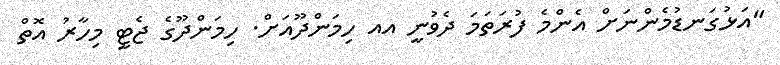
"އަޅުގަނޑުމެންނަށް އެންމެ ފުރަތަމަ ދެވުނީ އއ ހިމަންދޫއަށް. ހިމަންދޫގެ ޖެޓީ މިހާރު އޮތް